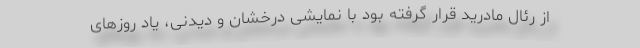
از رئال مادرید قرار گرفته بود با نمایشی درخشان و دیدنی، یاد روزهای